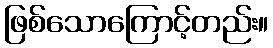
ဖြစ်သောကြောင့်တည်း။